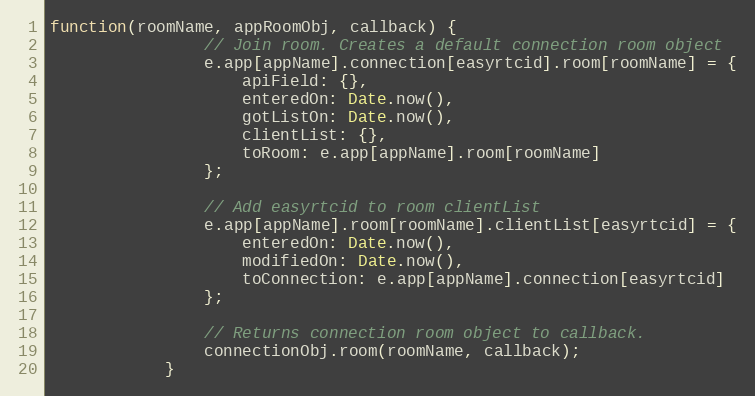
Language: JavaScript
function(roomName, appRoomObj, callback) {
                // Join room. Creates a default connection room object
                e.app[appName].connection[easyrtcid].room[roomName] = {
                    apiField: {},
                    enteredOn: Date.now(),
                    gotListOn: Date.now(),
                    clientList: {},
                    toRoom: e.app[appName].room[roomName]
                };

                // Add easyrtcid to room clientList
                e.app[appName].room[roomName].clientList[easyrtcid] = {
                    enteredOn: Date.now(),
                    modifiedOn: Date.now(),
                    toConnection: e.app[appName].connection[easyrtcid]
                };

                // Returns connection room object to callback.
                connectionObj.room(roomName, callback);
            }